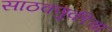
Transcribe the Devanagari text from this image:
साठवणुकीचा